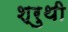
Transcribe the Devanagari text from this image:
श्रुथी